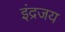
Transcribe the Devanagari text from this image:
इंद्रजय